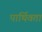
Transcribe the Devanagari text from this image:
पार्थिवता